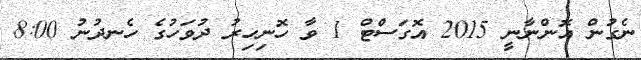
ނެގުން އޮންނާނީ 2015 އޮގަސްޓް 1 ވާ ހޮނިހިރު ދުވަހުގެ ހެނދުނު 8:00